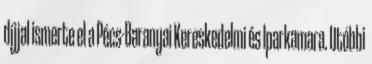
díjjal ismerte el a Pécs-Baranyai Kereskedelmi és Iparkamara. Utóbbi